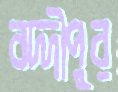
বদ্দীপুর